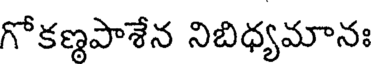
గోకణ్ణపాశేన నిబిధ్యమానః